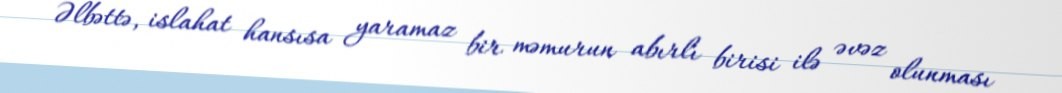
Əlbəttə, islahat hansısa yaramaz bir məmurun abırlı birisi ilə əvəz olunması